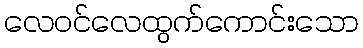
လေဝင်လေထွက်ကောင်းသော